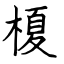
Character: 榎